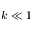
k \ll 1